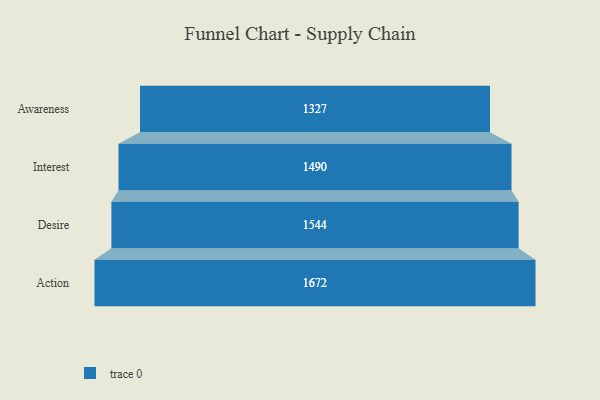
{"axis": {"x": "Stage", "y": "Value"}, "legend": [""], "data": [{"x": "Awareness", "y": 1327.0, "type": ""}, {"x": "Interest", "y": 1490.0, "type": ""}, {"x": "Desire", "y": 1544.0, "type": ""}, {"x": "Action", "y": 1672.0, "type": ""}]}